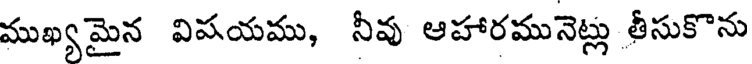
ముఖ్యమైన విషయము, నీవు ఆహారమునెట్లు తీసుకొను